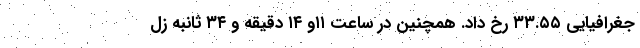
جغرافیایی ۳۳.۵۵ رخ داد. همچنین در ساعت ۱۱و ۱۴ دقیقه و ۳۴ ثانبه زل